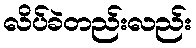
လိပ်ခဲတည်းလည်း